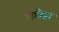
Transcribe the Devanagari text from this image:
मछेद्रा